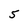
Character: 5